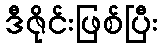
ဒီဇိုင်းဖြစ်ပြီး